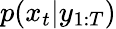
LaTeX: p(x_{t}|y_{1:T})